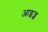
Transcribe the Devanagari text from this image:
आइव्ज